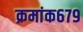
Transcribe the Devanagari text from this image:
क्रमांक६७९